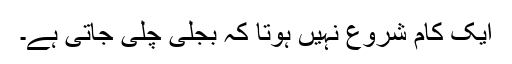
ایک کام شروع نہیں ہوتا کہ بجلی چلی جاتی ہے۔